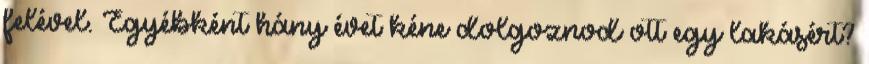
felével. Egyébként hány évet kéne dolgoznod ott egy lakásért?